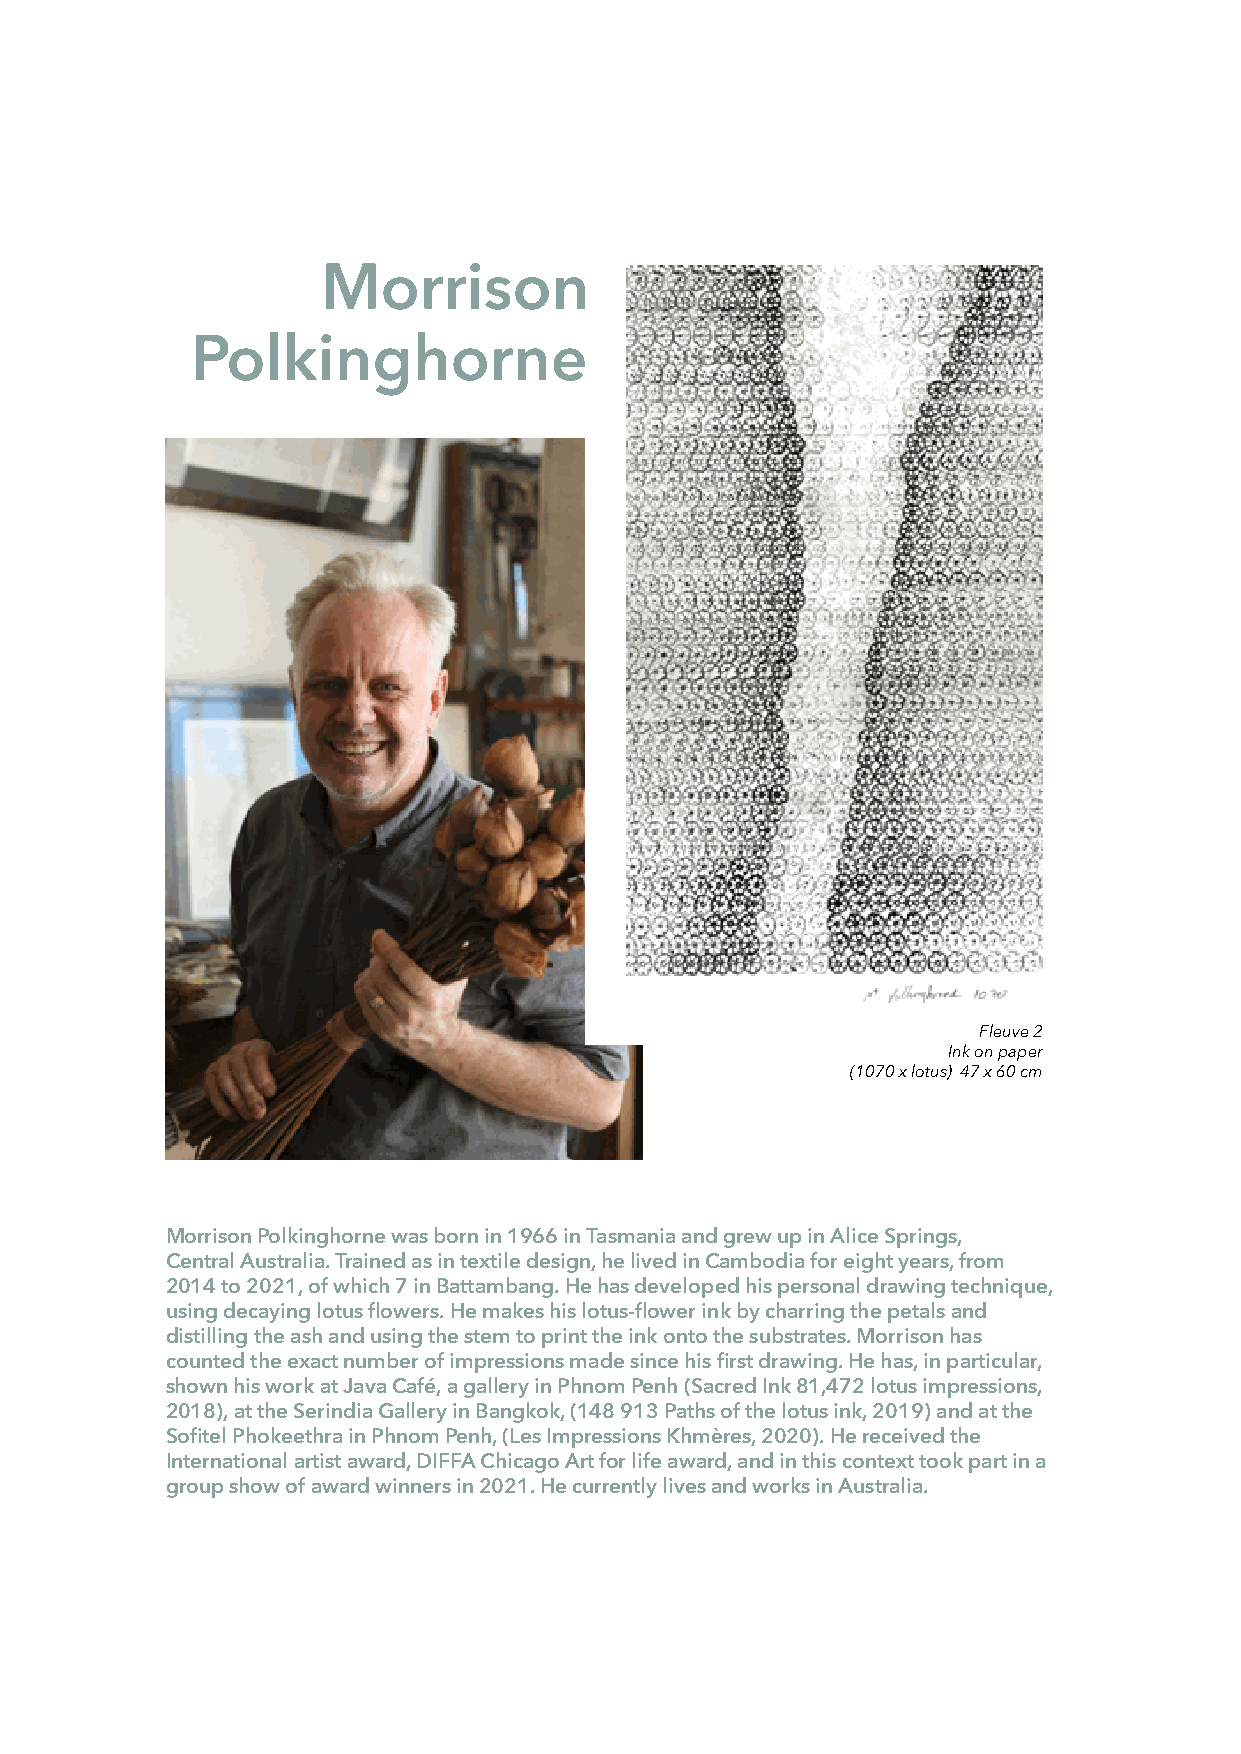
Fleuve 2
 Ink on paper
 (1070 x lotus) 47 x 60 cm
 Morrison Polkinghorne was born in 1966 in Tasmania and grew up in Alice Springs,
 Central Australia. Trained as in textile design, he lived in Cambodia for eight years, from
 2014 to 2021, of which 7 in Battambang. He has developed his personal drawing technique,
 using decaying lotus flowers. He makes his lotus-flower ink by charring the petals and
 distilling the ash and using the stem to print the ink onto the substrates. Morrison has
 counted the exact number of impressions made since his first drawing. He has, in particular,
 shown his work at Java Café, a gallery in Phnom Penh (Sacred Ink 81,472 lotus impressions,
 2018), at the Serindia Gallery in Bangkok, (148 913 Paths of the lotus ink, 2019) and at the
 Sofitel Phokeethra in Phnom Penh, (Les Impressions Khmères, 2020). He received the
 International artist award, DIFFA Chicago Art for life award, and in this context took part in a
 group show of award winners in 2021. He currently lives and works in Australia.